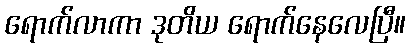
ရောက်လာကာ ဒုတိယ ရောက်နေလေပြီ။